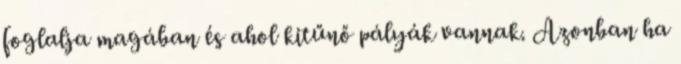
foglalja magában és ahol kitűnő pályák vannak. Azonban ha